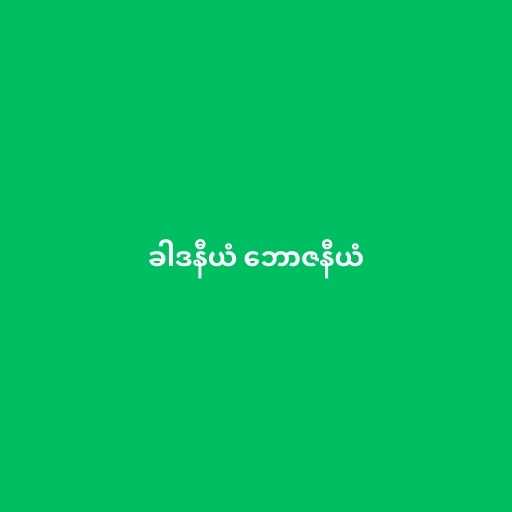
ခါဒနီယံ ဘောဇနီယံ